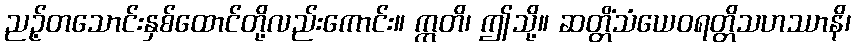
ညဉ့်တသောင်းနှစ်ထောင်တို့လည်းကောင်း။ ဣတိ၊ ဤသို့။ ဆတ္တိံသံယေဝရတ္တိသဟဿာနိ၊